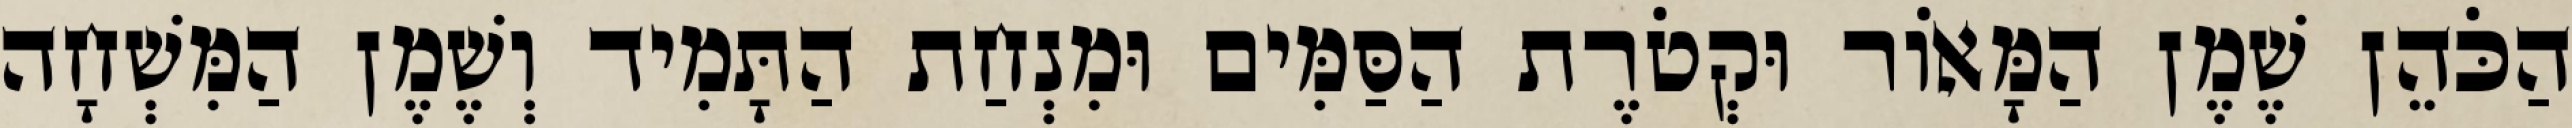
הַכֹּהֵן שֶׁמֶן הַמָּאוֹר וּקְטֹרֶת הַסַּמִּים וּמִנְחַת הַתָּמִיד וְשֶׁמֶן הַמִּשְׁחָה